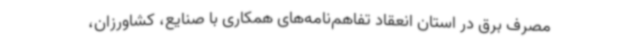
مصرف برق در استان انعقاد تفاهم‌نامه‌های همکاری با صنایع، کشاورزان،